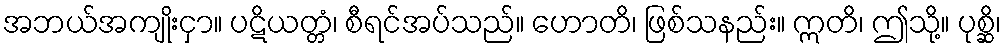
အဘယ်အကျိုးငှာ။ ပဋိယတ္တံ၊ စီရင်အပ်သည်။ ဟောတိ၊ ဖြစ်သနည်း။ ဣတိ၊ ဤသို့။ ပုစ္ဆိ၊